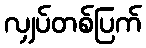
လျှပ်တစ်ပြက်